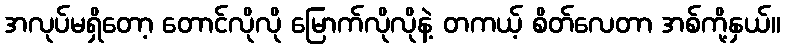
အလုပ်မရှိတော့ တောင်လိုလို မြောက်လိုလိုနဲ့ တကယ့် စိတ်လေတာ အစ်ကို့နှယ်။